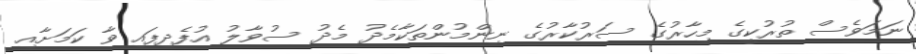
ނަމަވެސް ތުރުކީގެ މިހާރުގެ ސަރުކާރުގެ ނިންމުންތަކާމެދު މެދު ސުވާލު އުފެދިފައި ވާ ކަމަށާއި